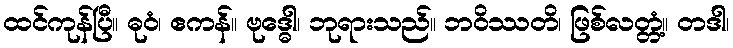
ထင်ကုန်ပြီ။ ဓုဝံ၊ ဧကန်။ ဗုဒ္ဓေါ၊ ဘုရားသည်။ ဘဝိဿတိ၊ ဖြစ်လတ္တံ့။ တဒါ၊